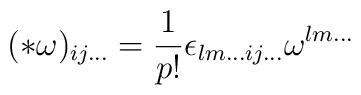
(*\omega )_{ij...} =\frac{1}{p!}\epsilon_{lm...ij...} \omega^{lm...}